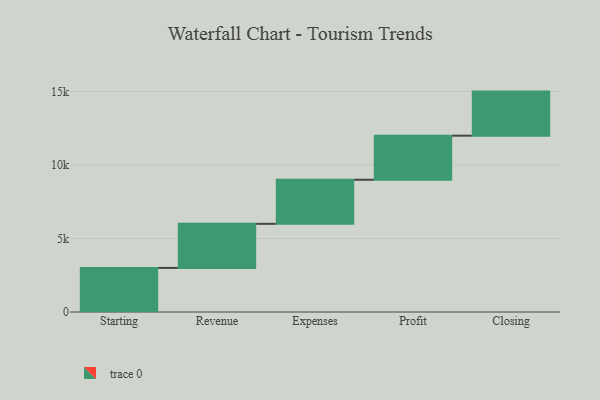
{"axis": {"x": "Step", "y": "Value"}, "legend": [""], "data": [{"x": "Starting", "y": 3000, "type": ""}, {"x": "Revenue", "y": 3000, "type": ""}, {"x": "Expenses", "y": 3000, "type": ""}, {"x": "Profit", "y": 3000, "type": ""}, {"x": "Closing", "y": 3000, "type": ""}]}